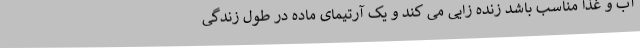
آب و غذا مناسب باشد زنده زایی می کند و یک آرتیمای ماده در طول زندگی